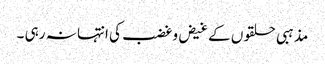
مذہبی حلقوں کے غیض وغضب کی انتہا نہ رہی ۔